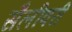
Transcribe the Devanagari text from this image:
सैलीवरी